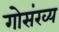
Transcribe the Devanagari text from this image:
गोसंख्य